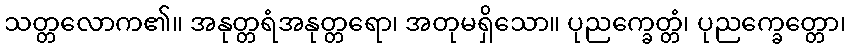
သတ္တလောက၏။ အနုတ္တရံအနုတ္တရော၊ အတုမရှိသော။ ပုညက္ခေတ္တံ၊ ပုညက္ခေတ္တော၊